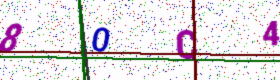
Text: 80C4